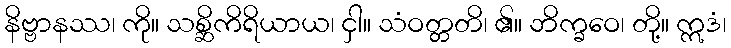
နိဗ္ဗာနဿ၊ ကို။ သစ္ဆိကိရိယာယ၊ ငှါ။ သံဝတ္တတိ၊ ၏။ ဘိက္ခဝေ၊ တို့။ ဣဒံ၊